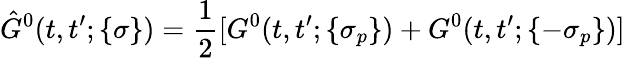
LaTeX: \hat{G}^{0}(t,t^{\prime};\{ \sigma\} )=\frac{1}{2}[G^{0}(t,t^{\prime};\{ \sigma_{p}\} )+G^{0}(t,t^{\prime};\{ -\sigma_{p}\} )]